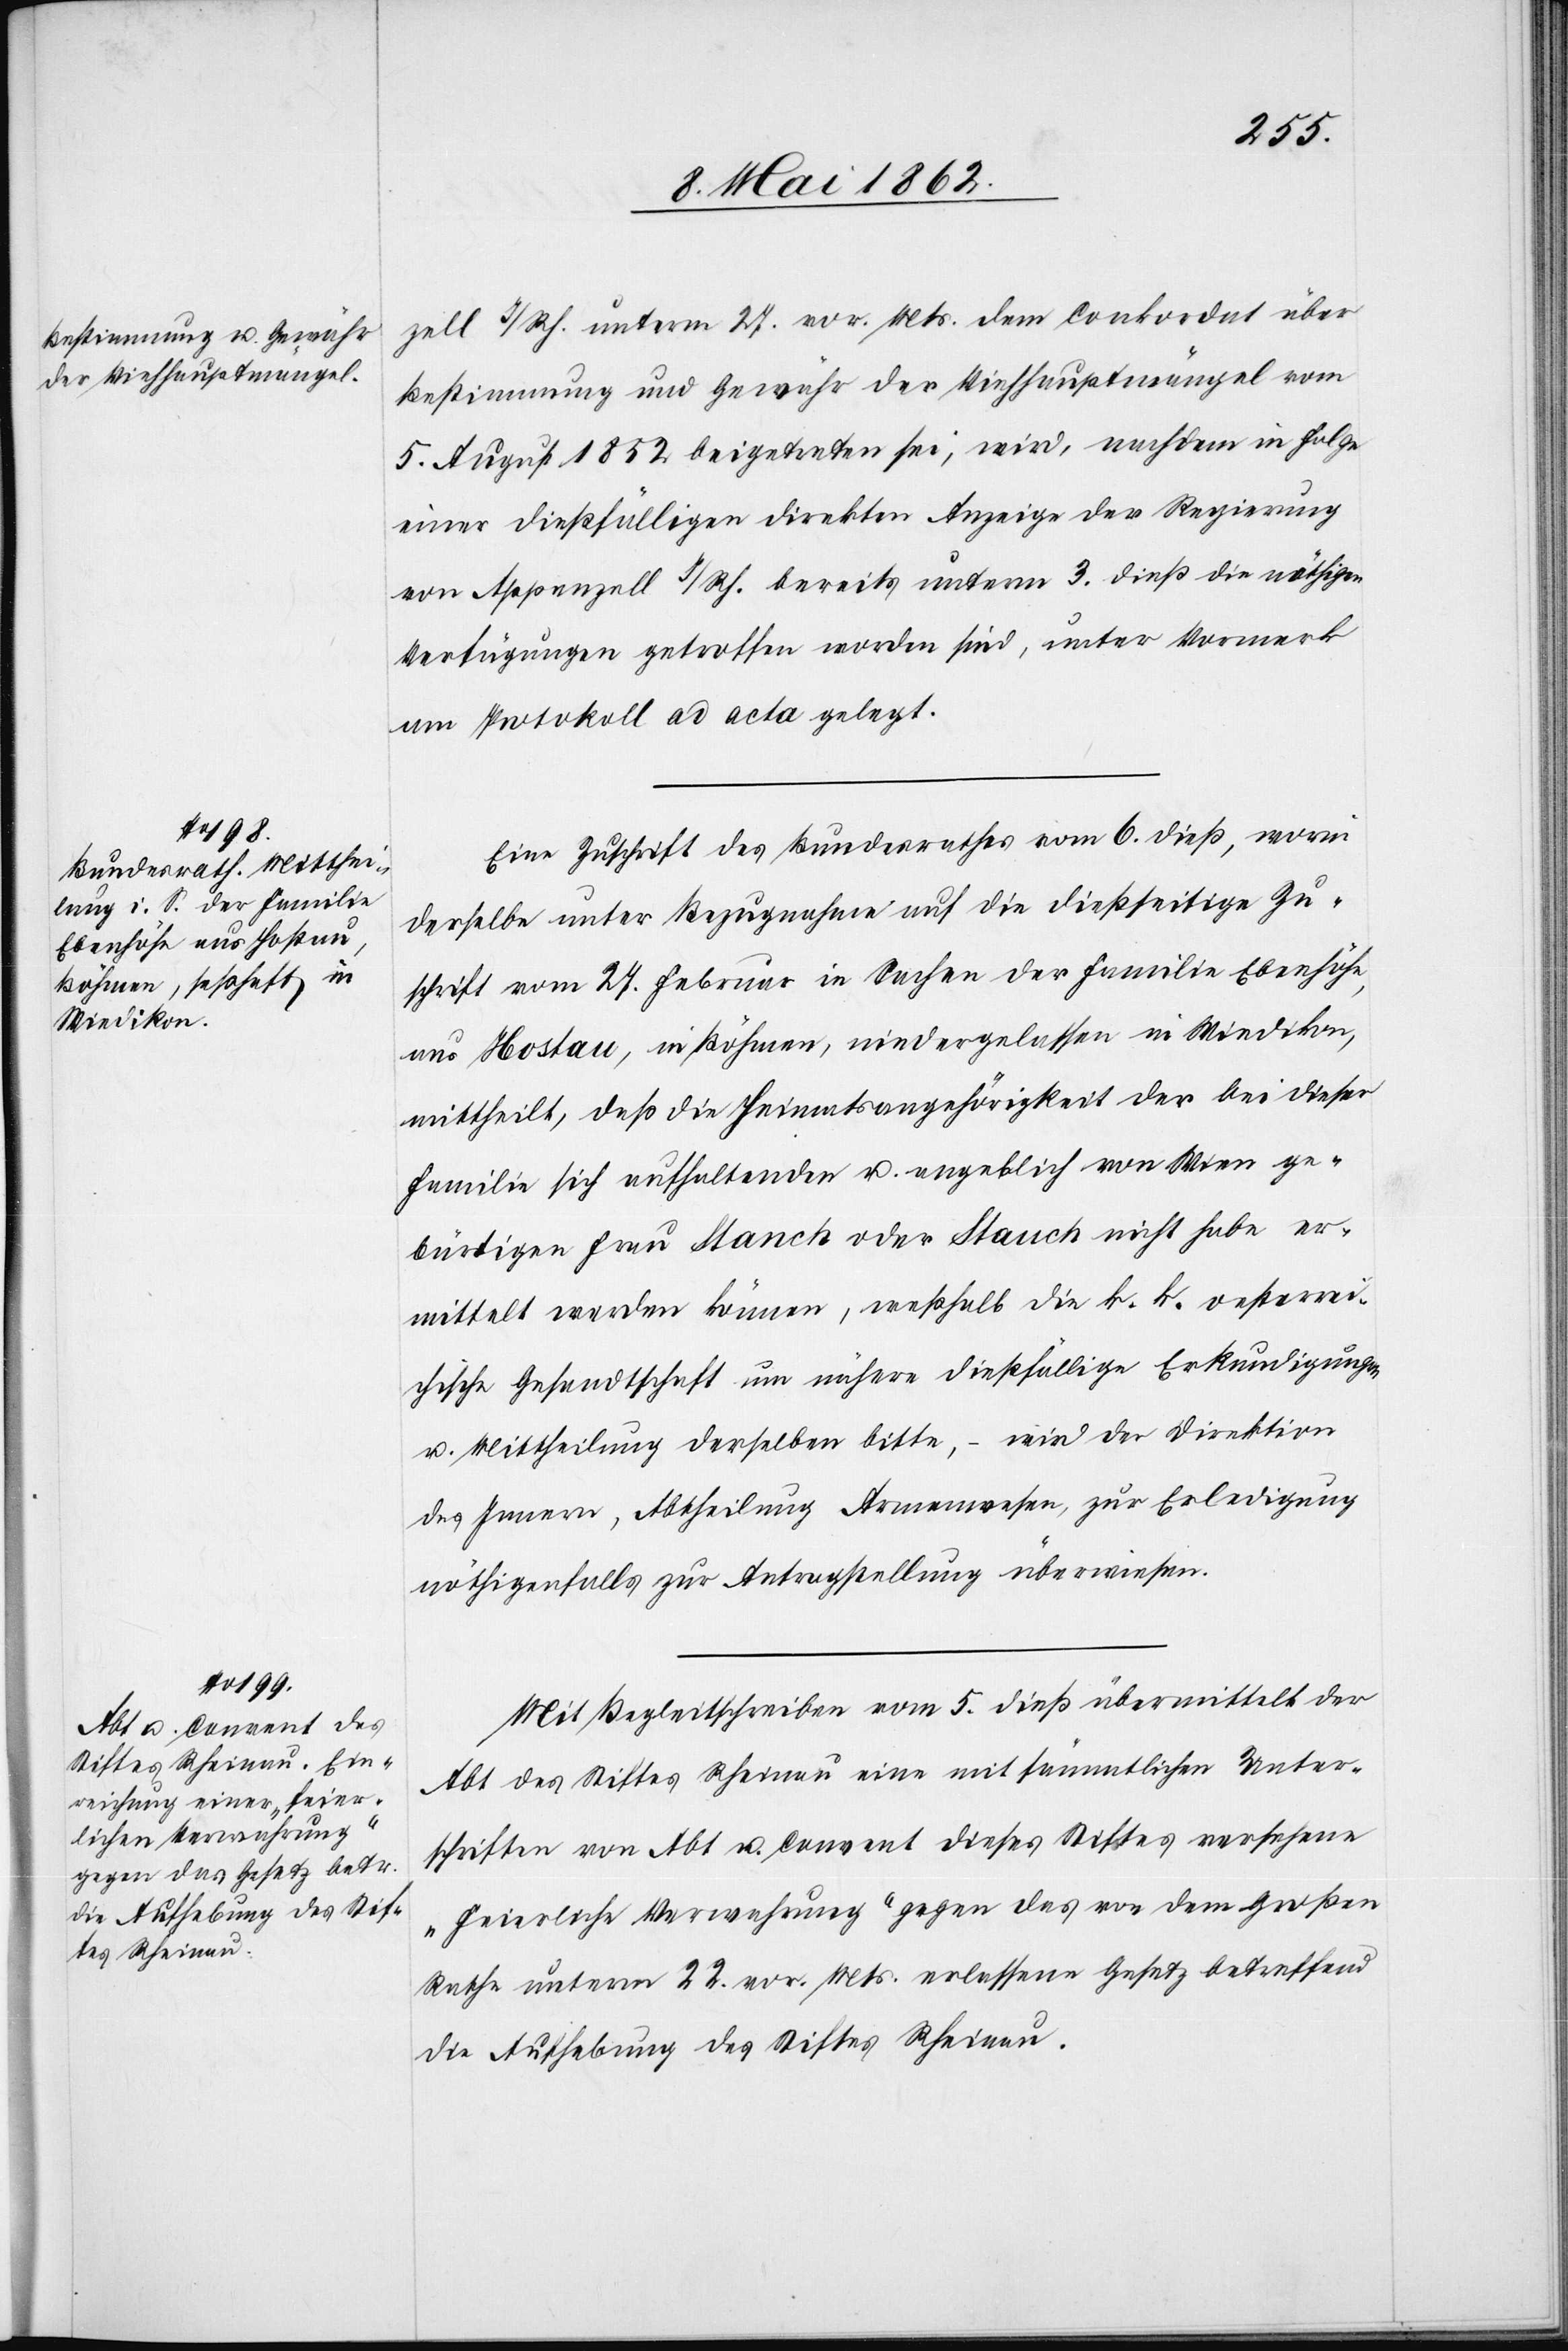
die Aufhebung des Stif¬
tes Rheinau.

zell I/Rh. unterm 27. vor. Mts. dem Conkordat über
Bestimmung und Gewähr der Viehhauptmängel vom
5. August 1852 beigetreten sei, wird, nachdem in Folge
einer dießfälligen direkten Anzeige der Regierung
von Appenzell I/Rh. bereits unterm 3. dieß die nöthigen
Verfügungen getroffen worden sind, unter Vormerk
am Protokoll ad acta gelegt.
Eine Zuschrift des Bundesrathes vom 6. dieß, worin
derselbe unter Bezugnahme auf die dießseitige Zu¬
schrift vom 27. Februar in Sachen der Familie Ebenhöhe,
aus Hostau, in Böhmen, niedergelassen in Wiedikon,
mittheilt, daß die Heimatsangehörigkeit der bei dieser
Familie sich aufhaltenden u. angeblich von Wien ge¬
bürtigen Frau Stanch oder Stauch nicht habe er¬
mittelt werden können, weßhalb die k. k. oesterrei¬
chische Gesandtschaft um nähere dießfällige Erkundigungen
u. Mittheilung derselben bitte, – wird der Direktion
des Innern, Abtheilung Armenwesen, zur Erledigung
nöthigenfalls zur Antragstellung überwiesen.
Mit Begleitschreiben vom 5. dieß übermittelt der
Abt des Stiftes Rheinau eine mit sämmtlichen Unter¬
schriften von Abt u. Convent dieses Stiftes versehene
„feierliche Verwehrung“ gegen das von dem Großen
Rathe unterm 22. vor. Mts. erlassene Gesetz betreffend